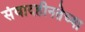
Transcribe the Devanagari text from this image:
संवादहीनतेच्या